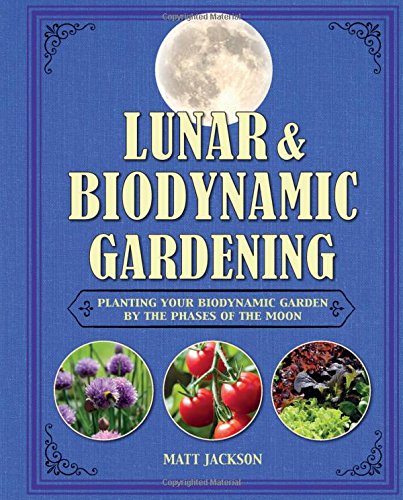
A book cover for Lunar and Biodynamic Gardening: Planting Your Biodynamic Garden by the Phases of the Moon; Matthew Jackson; Crafts, Hobbies & Home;